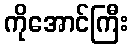
ကိုအောင်ကြီး